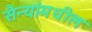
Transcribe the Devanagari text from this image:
सैन्यांमधील